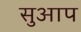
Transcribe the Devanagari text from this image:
सुआप